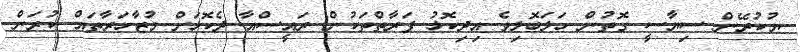
ޔުކުރޭން ސިޔާސީ ގޮތުން ހަލަބޮލިވެ އިދިކޮޅު ފަރާތްތަކުން ރައީސްއާ ދެކޮޅަށް މުޒާހަރާތައް ކުރަން